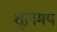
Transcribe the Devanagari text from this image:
शूलमय